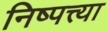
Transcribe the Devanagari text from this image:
निष्पत्त्या